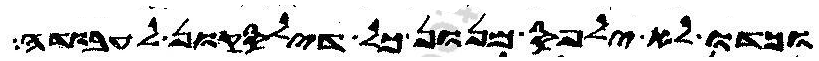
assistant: וכדו לא ילפס מנון כל דילסקון לעבודה